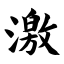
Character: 激